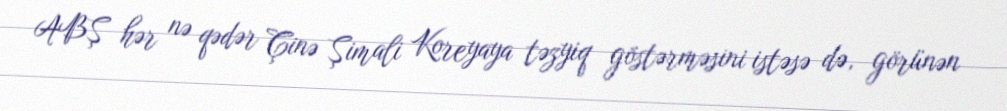
ABŞ hər nə qədər Çinə Şimali Koreyaya təzyiq göstərməsini istəsə də, görünən